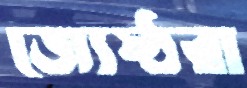
জ্যেষ্ঠরা